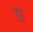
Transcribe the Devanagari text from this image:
ए़